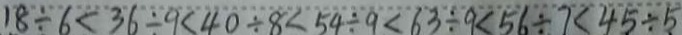
1 8 \div 6 < 3 6 \div 9 < 4 0 \div 8 < 5 4 \div 9 < 6 3 \div 9 < 5 6 \div 7 < 4 5 \div 5